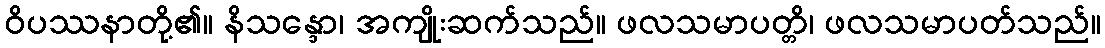
ဝိပဿနာတို့၏။ နိသန္ဒော၊ အကျိုးဆက်သည်။ ဖလသမာပတ္တိ၊ ဖလသမာပတ်သည်။